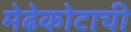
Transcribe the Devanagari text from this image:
मेढेकोटाची